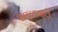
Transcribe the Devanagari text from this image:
सांख्यवाले